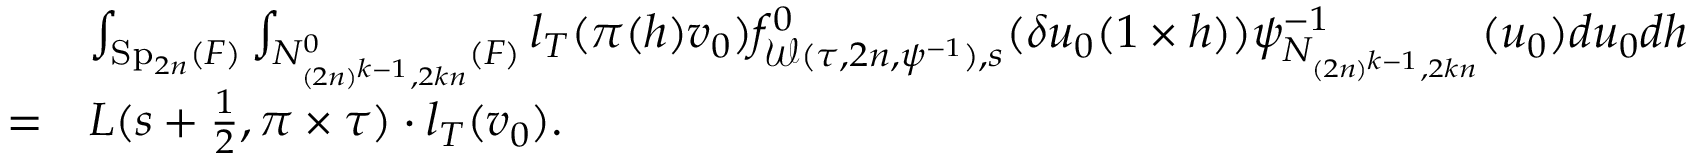
\begin{array} { r l } & { \int _ { \mathrm { S p } _ { 2 n } ( F ) } \int _ { N _ { ( 2 n ) ^ { k - 1 } , 2 k n } ^ { 0 } ( F ) } l _ { T } ( \pi ( h ) v _ { 0 } ) f _ { \mathcal { W } ( \tau , 2 n , \psi ^ { - 1 } ) , s } ^ { 0 } ( \delta u _ { 0 } ( 1 \times h ) ) \psi _ { N _ { ( 2 n ) ^ { k - 1 } , 2 k n } } ^ { - 1 } ( u _ { 0 } ) d u _ { 0 } d h } \\ { = } & { L ( s + \frac { 1 } { 2 } , \pi \times \tau ) \cdot l _ { T } ( v _ { 0 } ) . } \end{array}